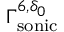
\Gamma _ { \mathrm { s o n i c } } ^ { 6 , \delta _ { 0 } }